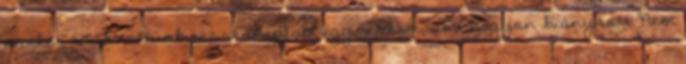
amikor szakítottunk visszakaptam egy részem, ami nagyon hiányzott Nem